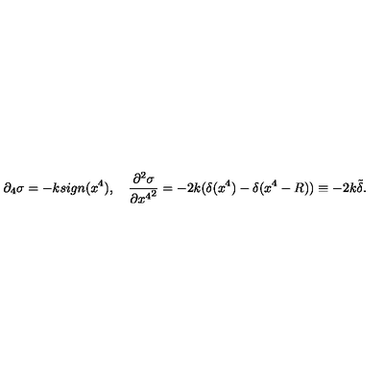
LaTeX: \partial _ { 4 } \sigma = - k s i g n ( x ^ { 4 } ) , \quad \frac { \partial ^ { 2 } \sigma } { \partial { x ^ { 4 } } ^ { 2 } } = - 2 k ( \delta ( x ^ { 4 } ) - \delta ( x ^ { 4 } - R ) ) \equiv - 2 k \tilde { \delta } .